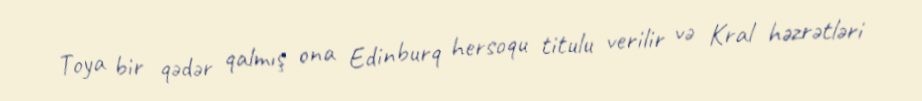
Toya bir qədər qalmış ona Edinburq hersoqu titulu verilir və Kral həzrətləri